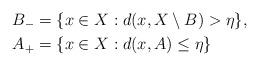
LaTeX: \begin{align*}B_- &= \{ x\in X : d(x,X\setminus B) > \eta \} , \\A_+ &= \{ x\in X : d(x,A) \leq \eta \}\end{align*}